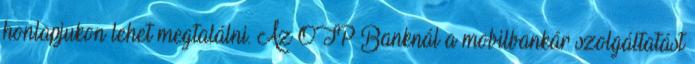
honlapjukon lehet megtalálni. Az OTP Banknál a mobilbankár szolgáltatást